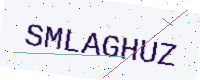
Text: SMLAGHUZ